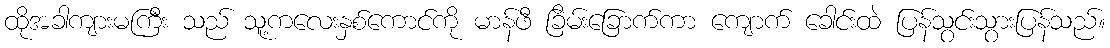
ထိုအခါကျားမကြီး သည် သူ့ကလေးနှစ်ကောင်ကို မာန်ဖီ ခြိမ်းခြောက်ကာ ကျောက် ခေါင်းထဲ ပြန်သွင်းသွားပြန်သည်။